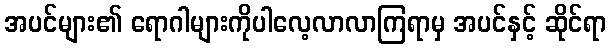
အပင်များ၏ ရောဂါများကိုပါလေ့လာလာကြရာမှ အပင်နှင့် ဆိုင်ရာ